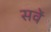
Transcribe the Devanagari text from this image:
सवें